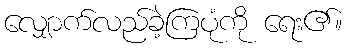
လျှောက်လည်ခဲ့ကြပုံကို ရေး၏။